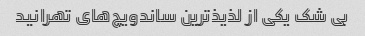
بی شک یکی از لذیذ‌ترین ساندویچ‌های تهرانید